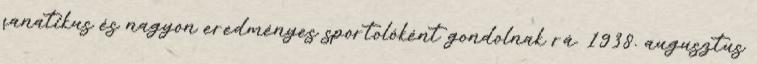
fanatikus és nagyon eredményes sportolóként gondolnak rá. 1938. augusztus